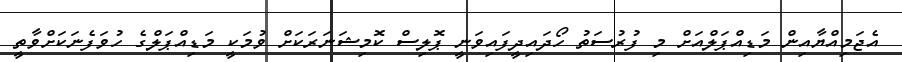
އެޖަމިއްޔާއިން މަޑިއްޕަލްއަށް މި ފުރުސަތު ހޯދައިދީފައިވަނީ ޕޮލިސް ކޮމިޝަނަރަކަށް ވުމަކީ މަޑިއްޕަލްގެ ހުވަފެނަކަށްވާތީ